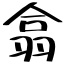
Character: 翕